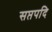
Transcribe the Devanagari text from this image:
सप्तपदि